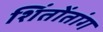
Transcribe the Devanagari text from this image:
शिंतोंतांग